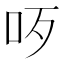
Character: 𠯪